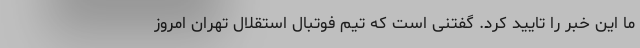
ما این خبر را تایید کرد. گفتنی است که تیم فوتبال استقلال تهران امروز